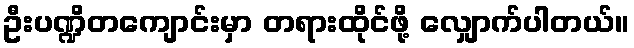
ဦးပဏ္ဍိတကျောင်းမှာ တရားထိုင်ဖို့ လျှောက်ပါတယ်။